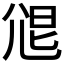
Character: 𡯧